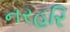
નરહરિ